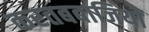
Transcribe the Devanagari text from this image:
करतबबाजियों